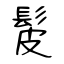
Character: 髲